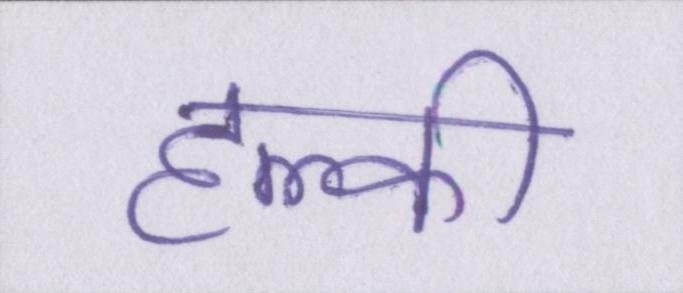
हल्की